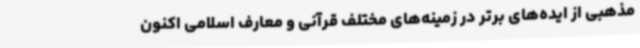
مذهبی از ایده‌های برتر در زمینه‌های مختلف قرآنی و معارف اسلامی اکنون